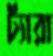
ঢ্যাঁরা